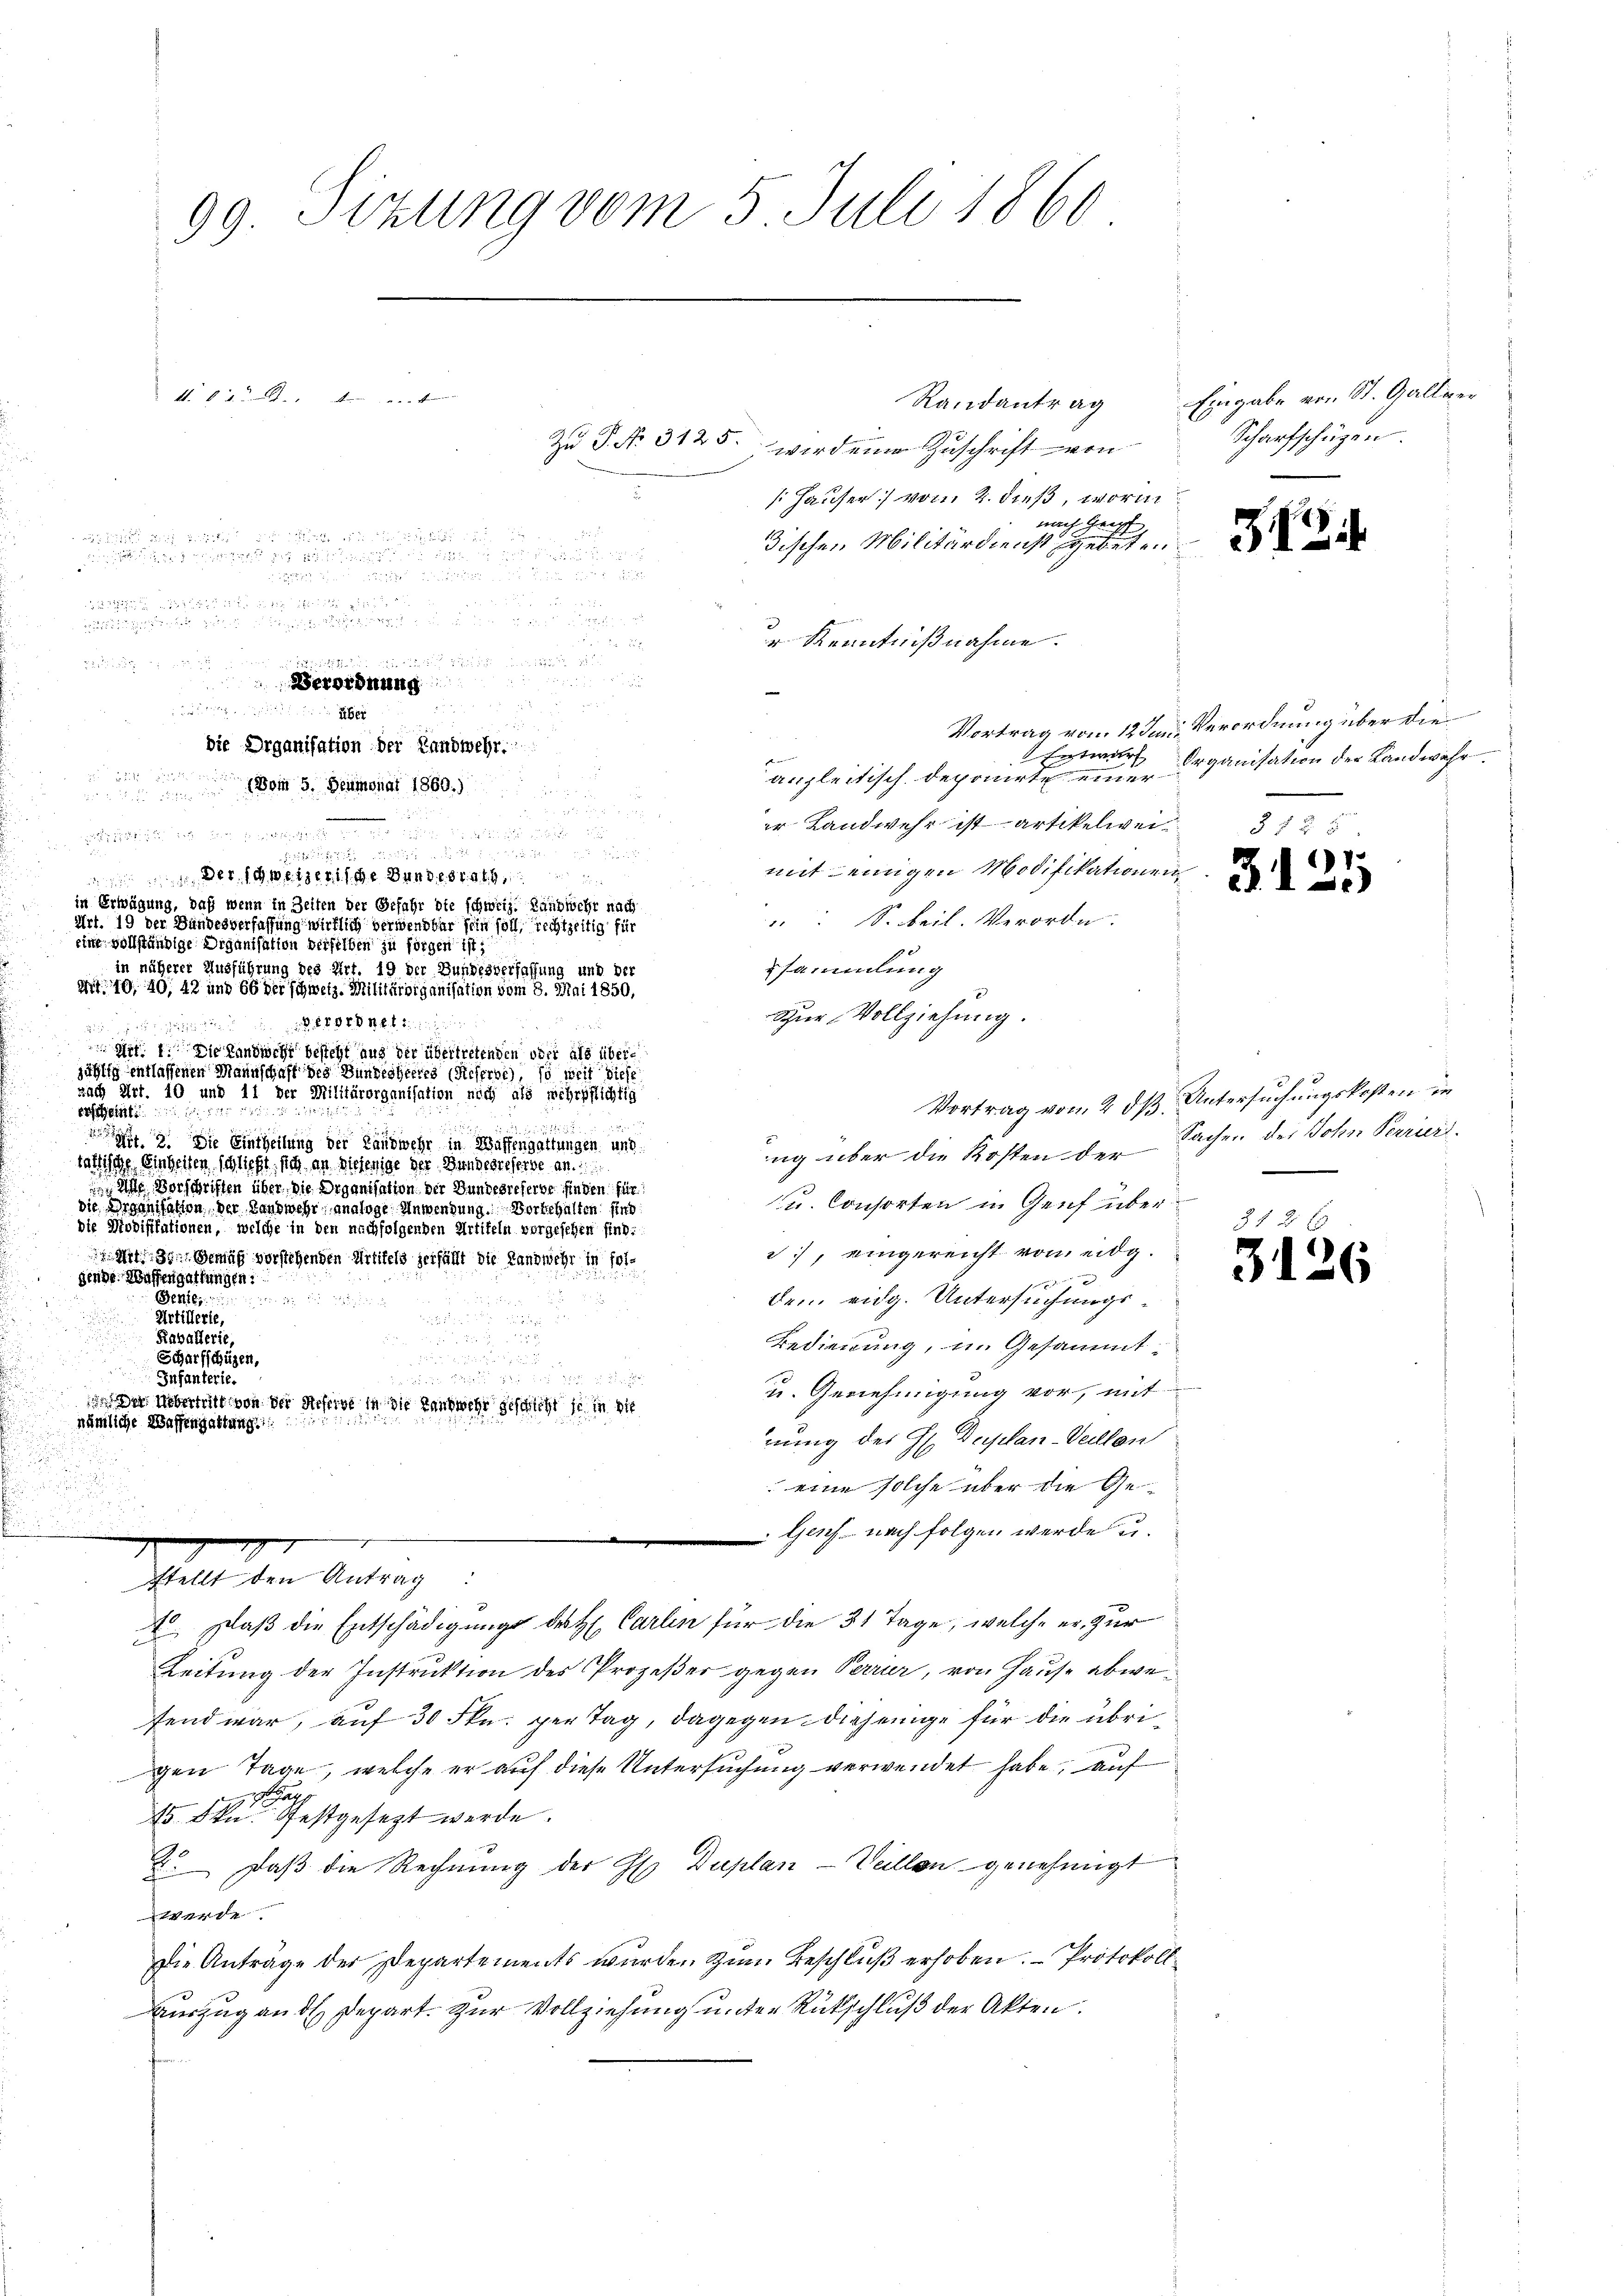
ttter den werden
Zu P. Nr. 3125. wird eine Zuschrift von
Hauser vom 2. dieß, worin
nach Gropf

dischen Militärdienst gebeten
r Kenntnißnahme.
 2 x
 f 5 x
 000
¬
a
die Organisation der Landwehr.
aten und

anzleitisch deponirte einer
om 5. Heumonat 1860.)
.
a 20 f 12
er Landwehr ist artikelwei
mit einigen Modifikationen
 des Weizerische Bundesrat
in Erwägung, daß wenn in Zeiten der Gefahr die schweiz. Landwehr nach
S. Beil. Verordn.
Art. 19 der Bundesverfassung wirklich verwendbar sein soll, rechtzeitig für
eine vollständige Organisation derselben zu sorgen ist;
sammlung
in näherer Ausführung des Art. 19 der Bundesverfassung und der
Mt. 10, 40, 42 und 66 der schweiz. Militärdiganisation vom 8. Mai 1850,
Zŭr Vollziehung.

Art. 1. Die Landwehr besteht aus der übertretenden oder als überjählig entlassenen Mannschaft des Bundesheeres (Reserbe), so weit diese
nach Art. 10 und 11 der Militärorganisation noch als wehrpflichtig

esheit
 3. Die Eintheilung der Landwehr in Waffengattungen und
ng über die Kosten der Sachen der Sohn Perioriräthigte Einheiten schließt, sich an diejenige der Hundesteherse an
Ase Vorschriften über, die Organisation der Bundesreferbe finden für
u. Consorten in Genf über
die Organisation der Landwehr analoge Anwendung. Vorbehalten sind
die Modifikationen, welche in den nachfolgenden Artikeln vorgeschen sind.
.), eingereicht vom eidg.
Mit den Gemäß vorstehenden Artikels zerfällt die Landwehr in folgende Waffengattungen:
dem eidg. Untersuchungs¬
Genie
7
Artillerie,
Ravallerie,
Bedienung, im Gesammt¬

Scharfschüzen,
virte

Infanterie.
u. Genehmigung vor, mit
 Der Übertritt von der Reserve in die Landwehr geschricht je in die
nämliche Waffengattung
nung des H. Duplan-Veillon
u
eine solche über die Ge¬
Genf nach folgen werde u.
stellt den Antrag:
 Daß die Entschädigung des H. Carlin für die 31 Tage, welche er zur
Leitung der Instruktion des Prozeßer gegen Perrer, von Hause abweifend war, auf 30 Fkn. per Tag, dagegen diejenige für die übrigen Tage, welche er auf diese Untersuchung verwendet habe, auf
 a
15 Fkn festgesezt werde.
2. Daß die Rechnung der H Duplan - Weillen genehmigt
werde.
Die Antrage der Departements wurden zum Beschluß erhoben. - Protokoll
Auszug ande Depart. zur Vollziehung unter Rückschluß der Akten.

99 Sizung vom 5. Juli 1860

Verordnung
e

hat in den ist anden, er de

Randantrag Eingabe von St. Galler
Scharfschügen

312

Vortrag vom 12 ten Verordnung über die
Entwurf Organisation der Landwehr

3125

Vortrag vom 2 dß. Untersuchungskosten in

3126